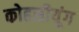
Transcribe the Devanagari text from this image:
कोहसीयूंग